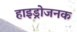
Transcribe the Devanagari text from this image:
हाइड्रोजनक